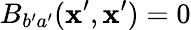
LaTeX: B_{b^{\prime}a^{\prime}}(\mathbf{x}^{\prime},\mathbf{x}^{\prime})=0